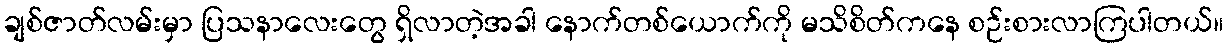
ချစ်ဇာတ်လမ်းမှာ ပြသနာလေးတွေ ရှိလာတဲ့အခါ နောက်တစ်ယောက်ကို မသိစိတ်ကနေ စဉ်းစားလာကြပါတယ်။